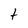
Character: t